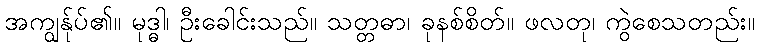
အကျွန်ုပ်၏။ မုဒ္ဓါ၊ ဦးခေါင်းသည်။ သတ္တဓာ၊ ခုနစ်စိတ်။ ဖလတု၊ ကွဲစေသတည်း။